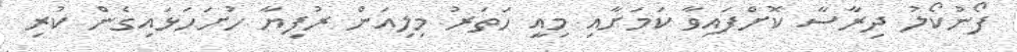
ފޯނުކޯލު ދިރާސާ ކޮށްފައިވާ ކަމަށާއި މިއީ ހަތަރު މިލިއަން ރުފިޔާ ހުށަހަޅައިގެން ކުރި